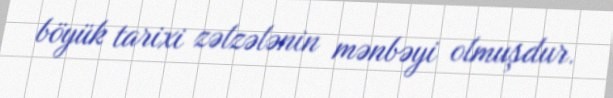
böyük tarixi zəlzələnin mənbəyi olmuşdur.